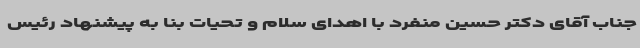
جناب آقای دکتر حسین منفرد با اهدای سلام و تحیات بنا به پیشنهاد رئیس